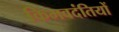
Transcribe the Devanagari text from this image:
किमवदंतियों